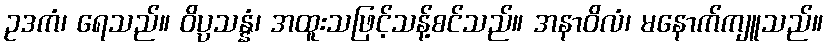
ဥဒကံ၊ ရေသည်။ ဝိပ္ပသန္နံ၊ အထူးသဖြင့်သန့်စင်သည်။ အနာဝိလံ၊ မနောက်ကျူသည်။